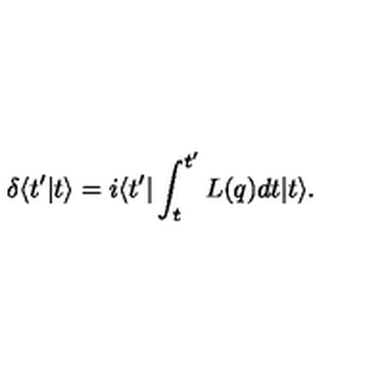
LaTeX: \delta \langle t ^ { \prime } | t \rangle = i \langle t ^ { \prime } | \int _ { t } ^ { t ^ { \prime } } L ( q ) d t | t \rangle .